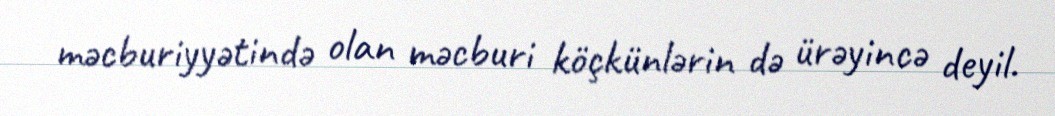
məcburiyyətində olan məcburi köçkünlərin də ürəyincə deyil.